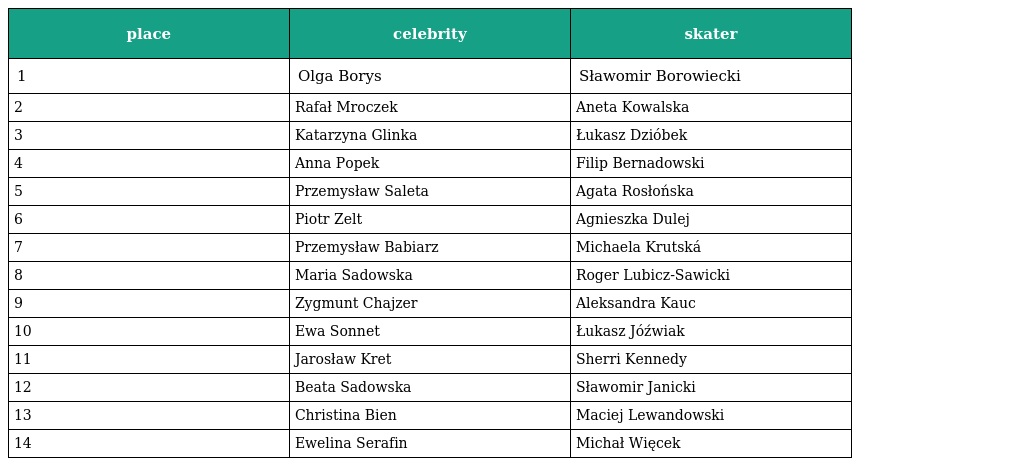
| place | celebrity | skater |
 | --- | --- | --- |
 | 1 | Olga Borys | Sławomir Borowiecki |
 | 2 | Rafał Mroczek | Aneta Kowalska |
 | 3 | Katarzyna Glinka | Łukasz Dzióbek |
 | 4 | Anna Popek | Filip Bernadowski |
 | 5 | Przemysław Saleta | Agata Rosłońska |
 | 6 | Piotr Zelt | Agnieszka Dulej |
 | 7 | Przemysław Babiarz | Michaela Krutská |
 | 8 | Maria Sadowska | Roger Lubicz-Sawicki |
 | 9 | Zygmunt Chajzer | Aleksandra Kauc |
 | 10 | Ewa Sonnet | Łukasz Jóźwiak |
 | 11 | Jarosław Kret | Sherri Kennedy |
 | 12 | Beata Sadowska | Sławomir Janicki |
 | 13 | Christina Bien | Maciej Lewandowski |
 | 14 | Ewelina Serafin | Michał Więcek |